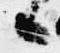
候